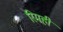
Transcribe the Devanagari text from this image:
रिमही